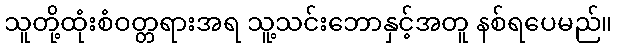
သူတို့ထုံးစံဝတ္တရားအရ သူ့သင်းဘောနှင့်အတူ နစ်ရပေမည်။